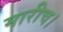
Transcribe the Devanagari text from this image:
मारीच।